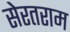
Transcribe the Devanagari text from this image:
सेरतराम